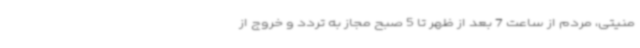
منیتی، مردم از ساعت 7 بعد از ظهر تا 5 صبح مجاز به تردد و خروج از